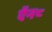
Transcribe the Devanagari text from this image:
ऍन८